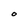
Character: O